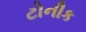
ટોનીક